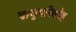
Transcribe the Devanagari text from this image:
वायुपरिकोष्ठ